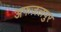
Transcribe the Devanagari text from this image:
अफज़लपुर